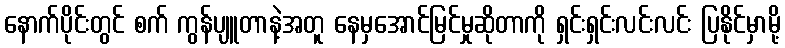
နောက်ပိုင်းတွင် စက် ကွန်ပျူတာနဲ့အတူ နေမှအောင်မြင်မှုဆိုတာကို ရှင်းရှင်းလင်းလင်း ပြနိုင်မှာမို့